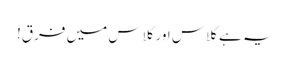
یہ ہے کلاس اور کلاس میں فرق!